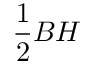
{ \frac { 1 } { 2 } } B H